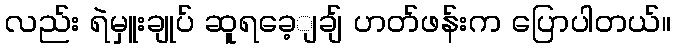
လည်း ရဲမှူးချုပ် ဆူရခေ့ျချ် ဟတ်ဖန်းက ပြောပါတယ်။